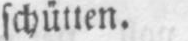
schütten.